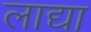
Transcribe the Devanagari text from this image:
लाद्या